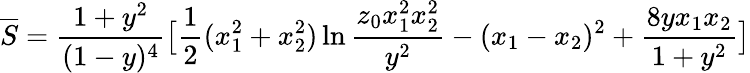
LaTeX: \overline{{{S}}}=\frac{1+y^{2}}{(1-y)^{4}}\bigl[\frac{1}{2}(x_{1}^{2}+x_{2}^{2})\ln\frac{z_{0}x_{1}^{2}x_{2}^{2}}{y^{2}}-(x_{1}-x_{2})^{2}+\frac{8yx_{1}x_{2}}{1+y^{2}}\bigr]